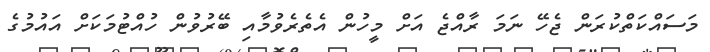
މަސައްކަތްކުރަން ޖެހޭ ނަމަ ރާއްޖެ އަށް މީހުން އެތެރެވުމާއި ބޭރުވުން ހުއްޓުމަކަށް އައުމުގެ